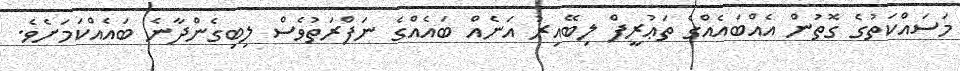
މަސައްކަތުގެ ގޮތުން އެއްބައެއްގެ ތަޢުރީފް ލިބޭއިރު އަނެއް ބައެއްގެ ނަފްރަތުވެސް ލިބިގެންދާނެ ބައެއްކަމަށެވެ.